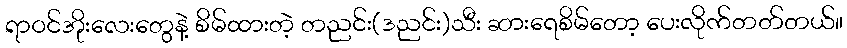
ရာဝင်အိုးလေးတွေနဲ့ စိမ်ထားတဲ့ တညင်း(ဒညင်း)သီး ဆားရေစိမ်တော့ ပေးလိုက်တတ်တယ်။